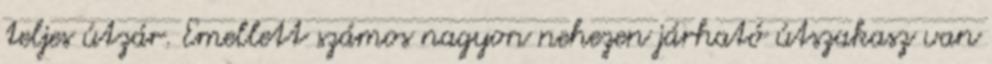
teljes útzár. Emellett számos nagyon nehezen járható útszakasz van